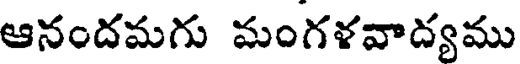
ఆనందమగు మంగళవాద్యము